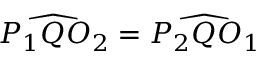
{ \widehat { P _ { 1 } Q O _ { 2 } } } = { \widehat { P _ { 2 } Q O _ { 1 } } }